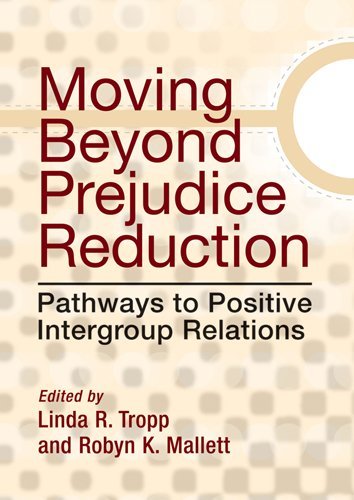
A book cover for Moving Beyond Prejudice Reduction: Pathways to Positive Intergroup Relations; Medical Books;